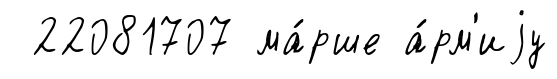
22081707 ма́рше а́рм'иjу